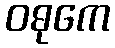
ဝဓုကေ